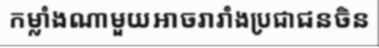
កម្លាំងណាមួយអាចរារាំងប្រជាជនចិន